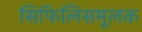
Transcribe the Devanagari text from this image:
सिफिलिसमूलक